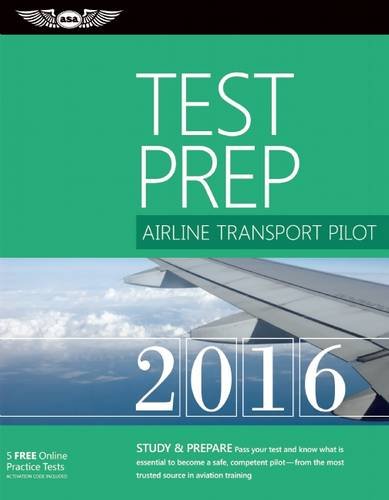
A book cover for Airline Transport Pilot Test Prep 2016: Study & Prepare: Pass your test and know what is essential to become a safe, competent pilot EE from the most ... in aviation training (Test Prep series); ASA Test Prep Board; Test Preparation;